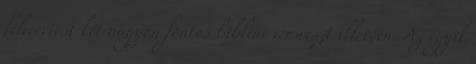
félreértést két nagyon fontos bibliai versrészt illetően. Az egyik